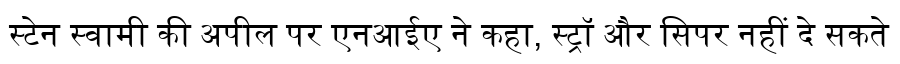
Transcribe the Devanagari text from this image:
स्टेन स्वामी की अपील पर एनआईए ने कहा, स्ट्रॉ और सिपर नहीं दे सकते